Lunatic asylums Burma 1907-21 - 1907-1921
Year: 1907
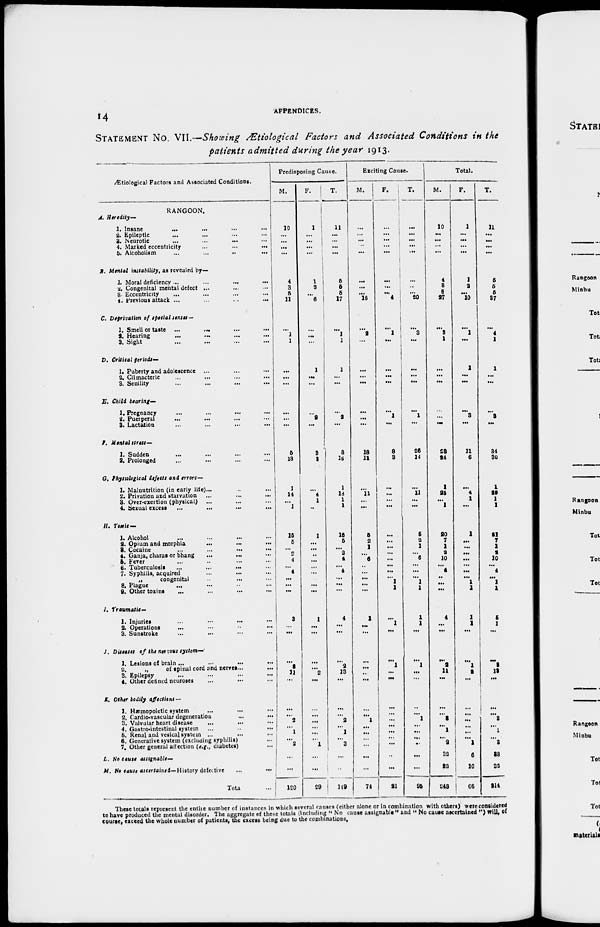
14
APPENDICES.
STATEMENT NO. VII.—Showing Ætiological Factors and Associated Conditions in the
patients admitted during the year 1913.
Ætiological Factors and Associated Conditions.
RANGOON.
A. Heredity—
1. Insane ... ... ... ...
2. Epileptic ... ... ... ...
3. Neurotic ... ... ... ...
4. Marked eccentricity ... ... ...
5. Alcoholism ... ... ... ...
B. Mental instability, as revealed by—
1. Moral deficiency ...
...
...
...
2. Congenital mental defect ... ... ...
3. Eccentricity ... ... ... ...
4. Previous attack ...
...
...
...
C. Deprivation of special senses —
1. Smell or taste ... ... ... ...
2. Hearing ... ... ... ...
3. Sight ... ... ... ...
D. Critical periods—
1. Puberty and adolescence ... ... ...
2. Climacteric ... ... ... ...
3. Senility ... ... ...
E. Child bearing—
1. Pregnancy ... ... ... ...
2. Puerperal ... ... ... ...
3. Lactation ... ... ... ...
I. Mental stress—
1. Sudden ... ... ... ...
2. Prolonged ... ... ... ...
G. Physiological defects and errors—
1. Malnutrition (in early life)... ... ...
2. Privation and starvation ...
...
...
3. Over-exertion (physical) ... ... ...
4. Sexual excess ... ... ... ...
H. Toxic—
1. Alcohol ... ... ... ...
2. Opium and morphia ... ... ...
3. Cocaine
...
...
...
...
4. Ganja, charas or bhang ... ...
...
5. Fever ... ... ... ...
6. Tuberculosis ... ... ... ...
7. Syphilis, acquired ... ... ...
„
congenital ... ... ...
8. Plague ... ... ... ...
9. Other toxins ... ... ... ...
I. Traumatic–
1. Injuries ... ... ... ...
2. Operations ... ... ... ...
3. Sunstroke ... ... ... ...
J. Diseases of the nervous system—
1. Lesions of brain ... ... ... ...
2.
„
of spinal cord and nerves... ...
3. Epilepsy ... ... ... ...
4. Other defined neuroses ... ... ...
K. Other bodily affections —
1. Hæmopoietic system ... ... ...
2. Cardio-vascular degeneration ... ...
3. Valvular heart disease ... ... ...
4. Gastro-intestinal system ... ... ...
5. Renal and vesical system ... ... ...
6. Generative system (excluding syphilis) ...
7. Other general affection (e.g., diabetes) ...
L. No cause assignable—
M. No cause ascertained— History defective
...
...
Total ...
Predisposing Cause.
M.
10
...
...
...
...
4
3
5
11
...
1
1
...
...
...
...
...
...
5
13
1
14
...
1
15
5
... 2
4
...
4
...
...
...
3
...
...
...
2
11
...
...
...
2
...
1
... 2
...
...
120
F.
1
...
...
...
...
1
2
...
6
...
...
...
1
...
...
...
2
...
3
3
...
4
1
...
1
...
...
..
...
...
...
...
...
...
1
...
...
...
...
2
...
...
...
...
...
...
...
1
...
...
29
T.
11
...
...
...
...
5
5
5
17
...
1
1
1
...
...
...
2
...
8
16
1
18
1
1
16
6
...
2
4
...
4
...
...
...
4
...
...
...
2
13
...
...
...
2
...
1
...
3
...
...
149
Exciting Cause.
M.
...
...
...
...
...
...
...
...
16
...
2
...
...
...
...
...
...
...
18
11
...
11
...
...
5
2
1
...
6
..
...
...
...
...
1
...
...
...
...
...
...
...
...
1
...
...
...
...
74
F.
...
...
...
...
...
...
...
...
4
...
1
...
...
...
...
...
1
...
8
3
...
...
...
...
...
...
...
...
...
...
...
... 1
1
...
1
...
...
1
...
...
...
...
...
...
...
...
...
..
...
21
T.
...
...
...
...
...
...
...
...
20
...
3
...
...
...
...
...
1
...
26
14
...
11
...
...
6
a
1
... 6
...
...
...
1
1
1
1
...
...
1
...
...
...
... 1
...
...
...
..
....
...
95
Total.
M.
10
...
...
...
...
4
8
6
27
. ..
3
1
...
...
...
...
...
...
28
24
1
25
...
1
20
7
1
2
10
...
4
...
...
...
4
...
...
...
2
11
...
...
... 2
...
1
...
2
32
22
248
F.
1
...
...
. ..
...
1
2
...
10
...
1
...
1
...
...
...
3
...
11
6
...
4
1
...
1
...
...
...
...
...
...
...
1
1
1
1
...
...
1
2
...
...
...
...
...
...
...
1
6
10
66
T.
11
...
...
...
...
5
6
6
87
...
4
1
1
...
...
. ..
3
...
34
30
1
29
1
1
21
7
1
2
10
...
4
...
1
1
5
1
...
...
3
12
...
...
...
2
...
1
... 3
38
32
314
These totals represent the entire number of instances in which several causes (either alone or in combination with others) were considered
to have produced the mental disorder. The aggregate of these totals (including " No cause assignable " and " No cause ascertained ") will, of
course, exceed the whole number of patients, the excess being due to the combinations.